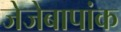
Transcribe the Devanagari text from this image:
जेजेबापांक